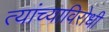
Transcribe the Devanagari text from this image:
त्यांच्याविरोधी